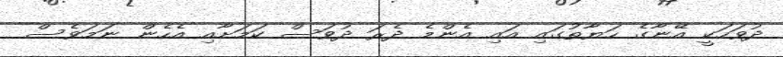
ދުވަހަކީ އޭނާގެ ހަޔާތުގައި އައި އެންމެ ދެރަ ދުވަސް ކަމަށާއި އެހެން ނަމަވެސް